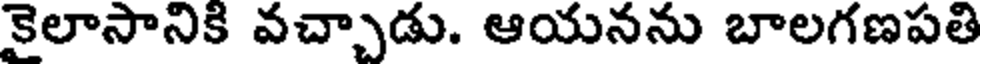
కైలాసానికి వచ్చాడు. ఆయనను బాలగణపతి